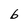
Character: b